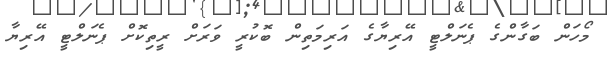
މޯހަން ބަގާންގެ ޕެނަލްޓީ އޭރިޔާގެ އަރިމަތިން ބޮކުރީ ވަރަށް ރީތިކޮށް ޕެނަލްޓީ އޭރިޔާ